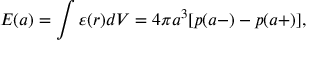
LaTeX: E ( a ) = \int { \varepsilon ( r ) d V } = 4 \pi a ^ { 3 } [ p ( a - ) - p ( a + ) ] ,